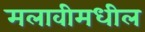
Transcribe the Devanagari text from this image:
मलावीमधील